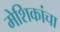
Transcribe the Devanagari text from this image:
मेशिकांचा